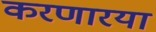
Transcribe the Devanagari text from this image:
करणारया